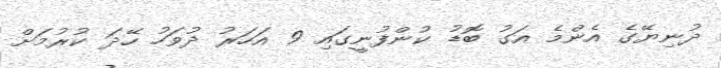
ދުނިޔޭގެ އެންމެ އަގު ބޮޑު ކުންފުނީގައި 9 އަހަރު ދުވަހު ހޭދަ ކުރުމަށް